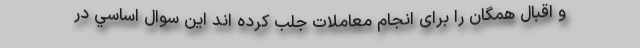
و اقبال همگان را برای انجام معاملات جلب کرده اند اين سوال اساسي در